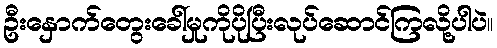
ဦးနှောက်တွေးခေါ်မှုကိုပိုပြီးလုပ်ဆောင်ကြလို့ပါပဲ။